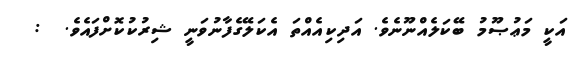
އަކީ މަޢުޞޫމު ބޭކަލެއްނޫނެވެ. އަދިކިއެއްތަ އެކަލޭގެފާނުވަނީ ޝިރުކުކޮށްފައެވެ.  :